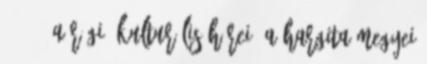
2018 ▶ A régió kulturális hírei: A Hargita Megyei